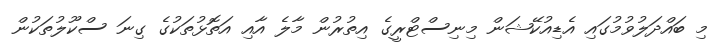
މި ބައްދަލުވުމުގައި އެޑިއުކޭޝަން މިނިސްޓްރީގެ އިތުރުން މާލެ އާއި އަތޮޅުތަކުގެ ގިނަ ސްކޫލުތަކުން